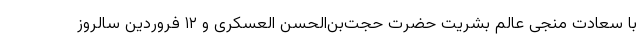
با سعادت منجی عالم بشریت حضرت حجت‌بن‌الحسن العسکری و ۱۲ فروردین سالروز